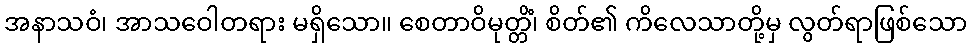
အနာသဝံ၊ အာသဝေါတရား မရှိသော။ စေတာဝိမုတ္တိံ၊ စိတ်၏ ကိလေသာတို့မှ လွတ်ရာဖြစ်သော